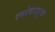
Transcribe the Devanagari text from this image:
रस्तेवाहतूक